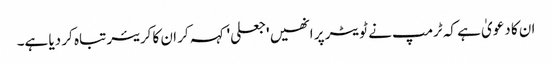
ان کا دعویٰ ہے کہ ٹرمپ نے ٹویٹر پر انھیں 'جعلی' کہہ کر ان کا کریئر تباہ کر دیا ہے۔